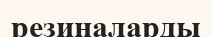
резиналарды